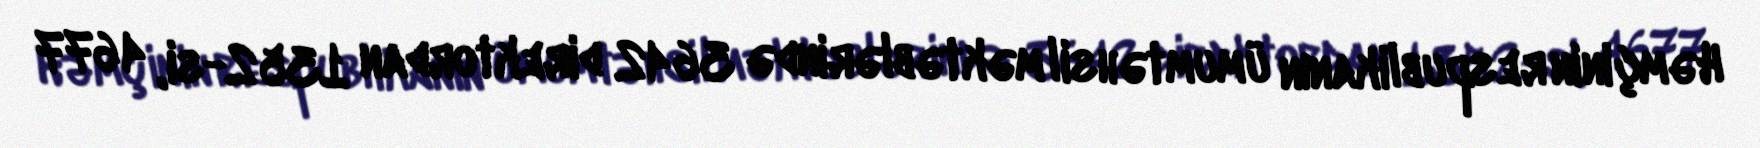
Həmçinin respublikanın ümumtəhsil məktəblərində 3642 direktordan 1352-si, 4677